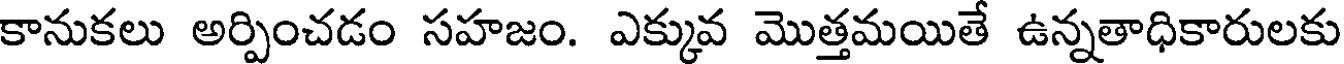
కానుకలు అర్పించడం సహజం. ఎక్కువ మొత్తమయితే ఉన్నతాధికారులకు